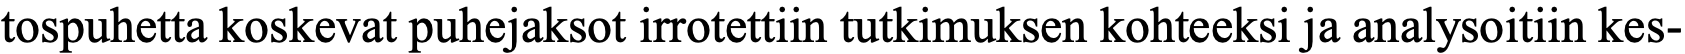
tospuhetta koskevat puhejaksot irrotettiin tutkimuksen kohteeksi ja analysoitiin kes-